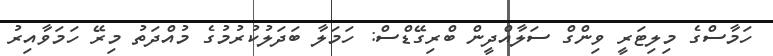
ހަމާސްގެ މިލިޓަރީ ވިންގް ސަލާއްދީން ބްރިގޭޑްސް: ހަމަލާ ބަދަލުކުރުމުގެ މުއްދަތު މިރޭ ހަމަވާއިރު